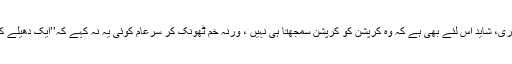
بصورت دیگر تو حال یہ کہ بڑے سے بڑا کرپٹ بھی پورے اعتماد کے ساتھ کرپشن سے انکاری، شاید اس لئے بھی ہے کہ وہ کرپشن کو کرپشن سمجھتا ہی نہیں ، ورنہ خم ٹھونک کر سرعام کوئی یہ نہ کہے کہ’’ایک دھیلے کی کرپشن بھی ثابت ہوجائے تو بعد از مرگ بھی مجھے قبر سے نکال کر پھانسی پر لٹکا دینا۔